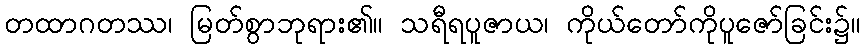
တထာဂတဿ၊ မြတ်စွာဘုရား၏။ သရီရပူဇာယ၊ ကိုယ်တော်ကိုပူဇော်ခြင်း၌။